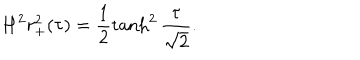
LaTeX: H ^ { 2 } r _ { + } ^ { 2 } ( \tau ) = \frac { 1 } { 2 } \tanh ^ { 2 } \frac { \tau } { \sqrt { 2 } } .